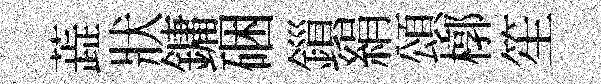
蕋狀鏞硱鎻絹頌槨笙